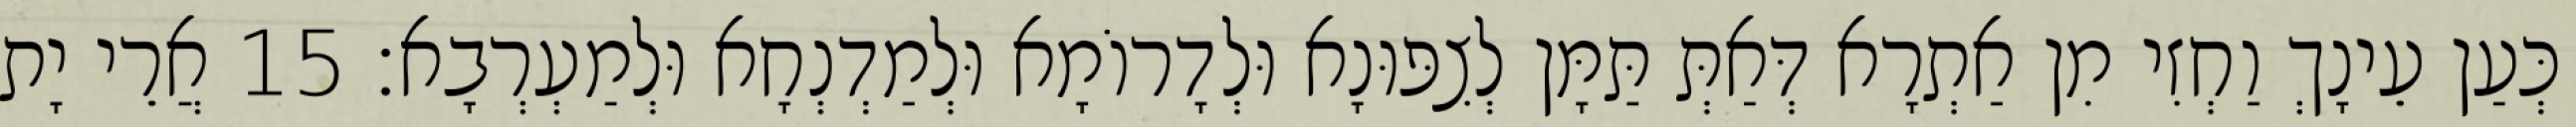
כְּעַן עֵינָךְ וַחְזִי מִן אַתְרָא דְּאַתְּ תַּמָּן לְצִפּוּנָא וּלְדָרוֹמָא וּלְמַדְנְחָא וּלְמַעְרְבָא׃ 15 אֲרֵי יָת